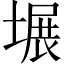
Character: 𪤍